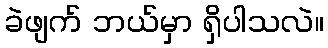
ခဲဖျက် ဘယ်မှာ ရှိပါသလဲ။